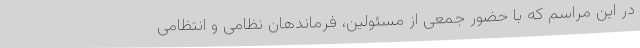
در این مراسم که با حضور جمعی از مسئولین، فرماندهان نظامی و انتظامی